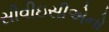
સીવીઇસીએનો